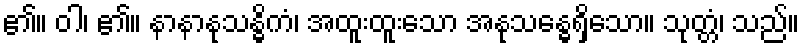
၏။ ဝါ၊ ၏။ နာနာနုသန္ဓိကံ၊ အထူးထူးသော အနုသန္ဓေရှိသော။ သုတ္တံ၊ သည်။